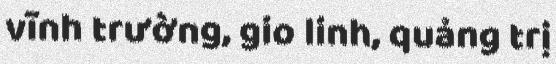
vĩnh trường, gio linh, quảng trị